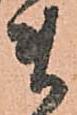
ま